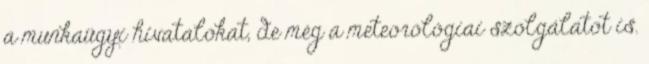
a munkaügyi hivatalokat, de még a meteorológiai szolgálatot is.